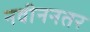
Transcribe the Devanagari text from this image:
नवीननतर